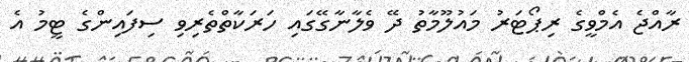
ރާއްޖެ އެމްވީގެ ރިޕޯޓަރު މައުލޫމާތު ދޭ ވެލާނާގޭގައި ހަރަކާތްތެރިވި ސިފައިންގެ ޓީމު އެ